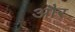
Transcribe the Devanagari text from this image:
और